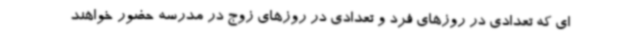
ای که تعدادی در روزهای فرد و تعدادی در روزهای زوج در مدرسه حضور خواهند